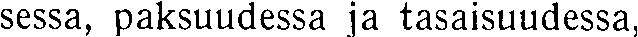
sessa, paksuudessa ja tasaisuudessa,